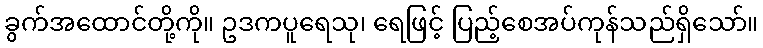
ခွက်အထောင်တို့ကို။ ဥဒကပူရေသု၊ ရေဖြင့် ပြည့်စေအပ်ကုန်သည်ရှိသော်။